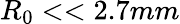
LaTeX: R_{0}<<2.7mm